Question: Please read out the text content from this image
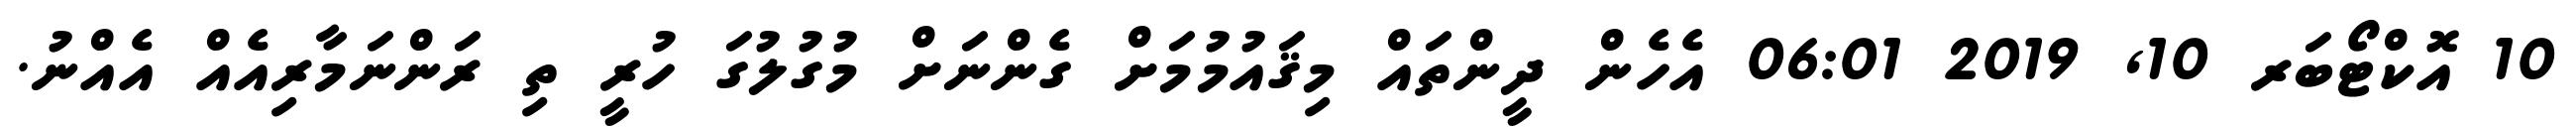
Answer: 10 އޮކްޓޯބަރ 10, 2019 06:01 އެހެން ދީންތައް މިޤައުމުމަށް ގެންނަށް މުގުލުގަ ހުރީ ތި ރަންނަމާރިއެއް އެއްނު.